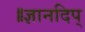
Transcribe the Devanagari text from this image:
॥ज्ञानदिप्